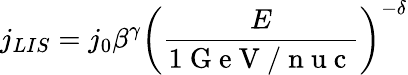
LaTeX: j_{LIS}=j_{0}\beta^{\gamma}\left(\frac{E}{1\mathrm{~G~e~V~/~n~u~c~}}\right)^{-\delta}